Annual report of the Punjab Veterinary College and of the Civil Veterinary Department, Punjab - 1926-1932
Year: 1926
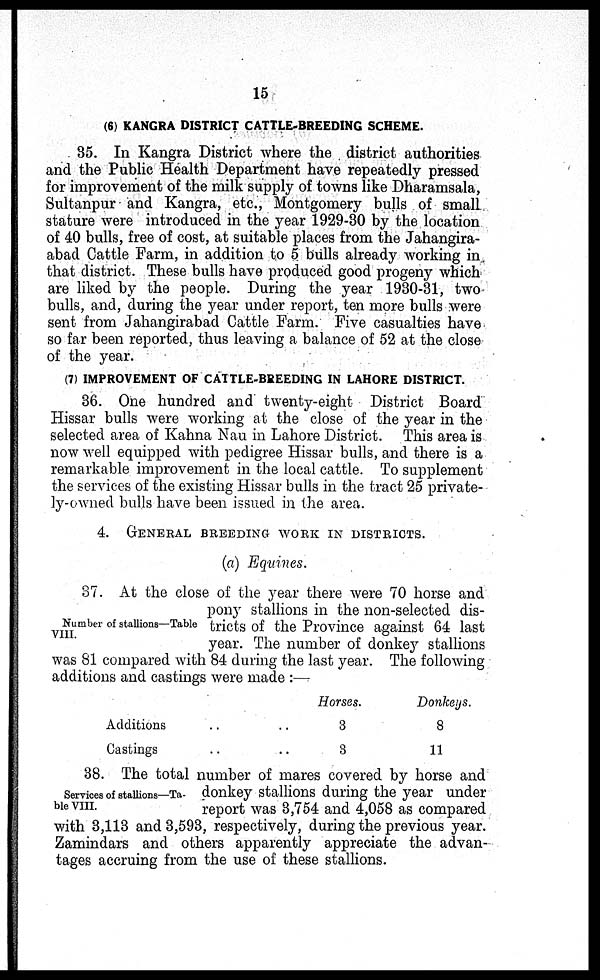
15
(6) KANGRA DISTRICT CATTLE-BREEDING SCHEME.
35. In Kangra District where the district authorities
and the Public Health Department have repeatedly pressed
for improvement of the milk supply of towns like Dharamsala,
Sultanpur and Kangra, etc., Montgomery bulls of small
stature were introduced in the year 1929-30 by the location
of 40 bulls, free of cost, at suitable places from the Jahangira-
abad Cattle Farm, in addition to 5 bulls already working in
that district. These bulls have produced good progeny which
are liked by the people. During the year 1930-31, two
bulls, and, during the year under report, ten more bulls were
sent from Jahangirabad Cattle Farm. Five casualties have
so far been reported, thus leaving a balance of 52 at the close
of the year.
(7) IMPROVEMENT OF CATTLE-BREEDING IN LAHORE DISTRICT.
36. One hundred and twenty-eight District Board
Hissar bulls were working at the close of the year in the
selected area of Kahna Nau in Lahore District. This area is
now well equipped with pedigree Hissar bulls, and there is a
remarkable improvement in the local cattle. To supplement
the services of the existing Hissar bulls in the tract 25 private-
ly-owned bulls have been issued in the area.
4. GENERAL BREEDING WORK IN DISTRICTS.
(a) Equines.
Number of stallions—Table
VIII.
37. At the close of the year there were 70 horse and
pony stallions in the non-selected dis-
tricts of the Province against 64 last
year. The number of donkey stallions
was 81 compared with 84 during the last year. The following
additions and castings were made :—
Additions .. ..
Castings .. ..
Horses.
3
3
Donkeys.
8
11
Services of stallions—Ta-
ble VIII.
38. The total number of mares covered by horse and
donkey stallions during the year under
report was 3,754 and 4,058 as compared
with 3,113 and 3,593, respectively, during the previous year.
Zamindars and others apparently appreciate the advan-
tages accruing from the use of these stallions.